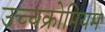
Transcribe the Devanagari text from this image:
उच्चक्रोमियम